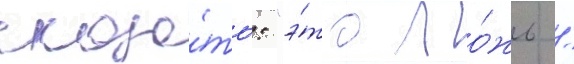
сказа́ть: "э́то ло́жь /